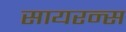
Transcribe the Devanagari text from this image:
सायरन्स